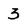
Character: 3